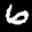
Label: 6